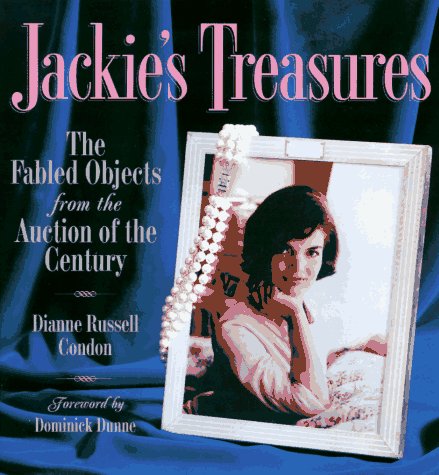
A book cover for Jackie's Treasures: The Fabled Objects from the Auction of the Century; Dianne Russell Condon; Crafts, Hobbies & Home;